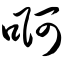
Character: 啊